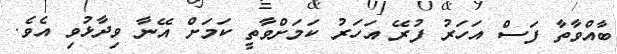
ބާއްވާތާ ފަސް އަހަރު ފުރޭ އަހަރު ކަމަށްވާތީ ކަމަށް އޭނާ ވިދާޅުވި އެވެ.